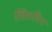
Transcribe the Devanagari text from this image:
सिमरिप